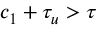
c _ { 1 } + \tau _ { u } > \tau